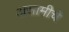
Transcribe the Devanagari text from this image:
असामीचे